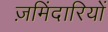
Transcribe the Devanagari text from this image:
ज़मिंदारियों